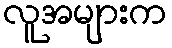
လူအများက